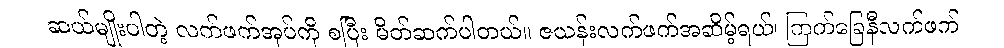
ဆယ်မျိုးပါတဲ့ လက်ဖက်အုပ်ကို စပြီး မိတ်ဆက်ပါတယ်။ ဇယန်းလက်ဖက်အဆိမ့်ရယ်၊ ကြက်ခြေနီလက်ဖက်